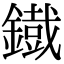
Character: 鐡